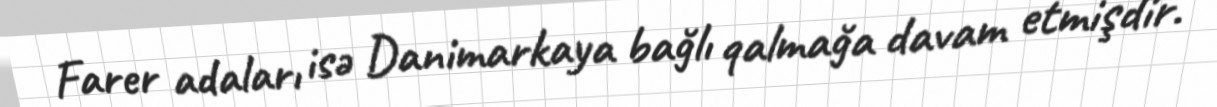
Farer adaları isə Danimarkaya bağlı qalmağa davam etmişdir.